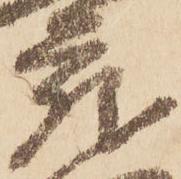
蔵